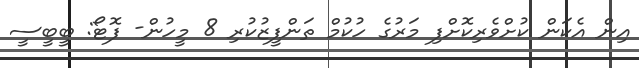
އިން އެކަން ކުށްވެރިކޮށްފި މަރުގެ ހުކުމް ތަންފީޒުކުރި 8 މީހުން- ފޮޓޯ: ބީބީސީ